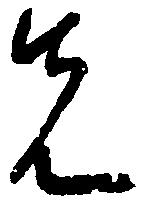
先